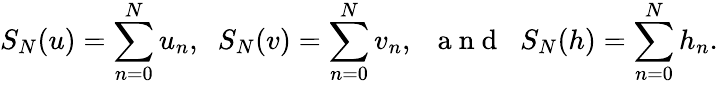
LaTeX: S_{N}(u)=\sum_{n=0}^{N}u_{n},\; \; S_{N}(v)=\sum_{n=0}^{N}v_{n},\; \; \mathrm{~a~n~d~}\; \; S_{N}(h)=\sum_{n=0}^{N}h_{n}.